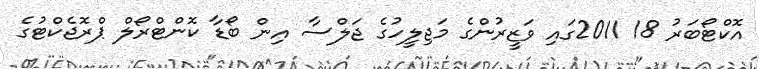
އޮކްޓޯބަރު 18 2011ގައި ވަޒީރުންގެ މަޖިލީހުގެ ޖަލްސާ އިން ބޯޑާ ކޮންޓްރޯލް ޕްރޮޖެކްޓުގެ